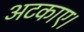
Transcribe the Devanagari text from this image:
अटकाए।